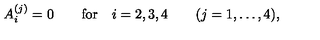
A _ { i } ^ { ( j ) } = 0 \qquad \mathrm { f o r } \quad i = 2 , 3 , 4 \qquad ( j = 1 , \dots , 4 ) ,